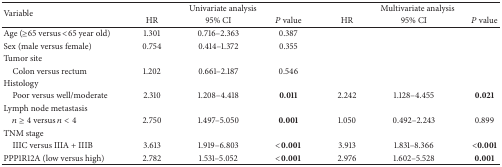
<table><thead><tr><td rowspan="2"><b>Variable</b></td><td colspan="3"><b>Univariate analysis</b></td><td colspan="3"><b>Multivariate analysis</b></td></tr><tr><td><b>HR</b></td><td><b>95% CI</b></td><td><b><i>P</i> value</b></td><td><b>HR</b></td><td><b>95% CI</b></td><td><b><i>P</i> value</b></td></tr></thead><tbody><tr><td>Age (≥65 versus &lt;65 year old)</td><td>1.301</td><td>0.716–2.363</td><td>0.387</td><td> </td><td> </td><td> </td></tr><tr><td>Sex (male versus female)</td><td>0.754</td><td>0.414–1.372</td><td>0.355</td><td> </td><td> </td><td> </td></tr><tr><td>Tumor site</td><td> </td><td> </td><td> </td><td> </td><td> </td><td> </td></tr><tr><td> Colon versus rectum</td><td>1.202</td><td>0.661–2.187</td><td>0.546</td><td> </td><td> </td><td> </td></tr><tr><td>Histology</td><td> </td><td> </td><td> </td><td> </td><td> </td><td> </td></tr><tr><td> Poor versus well/moderate</td><td>2.310</td><td>1.208–4.418</td><td><b>0.011</b></td><td>2.242</td><td>1.128–4.455</td><td><b>0.021</b></td></tr><tr><td>Lymph node metastasis</td><td> </td><td> </td><td> </td><td> </td><td> </td><td> </td></tr><tr><td> <i>n</i> ≥ 4 versus <i>n</i> &lt; 4</td><td>2.750</td><td>1.497–5.050</td><td><b>0.001</b></td><td>1.050</td><td>0.492–2.243</td><td>0.899</td></tr><tr><td>TNM stage</td><td> </td><td> </td><td> </td><td> </td><td> </td><td> </td></tr><tr><td> IIIC versus IIIA + IIIB</td><td>3.613</td><td>1.919–6.803</td><td><b>&lt;0.001</b></td><td>3.913</td><td>1.831–8.366</td><td><b>&lt;0.001</b></td></tr><tr><td>PPP1R12A (low versus high)</td><td>2.782</td><td>1.531–5.052</td><td><b>&lt;0.001</b></td><td>2.976</td><td>1.602–5.528</td><td><b>0.001</b></td></tr></tbody></table>